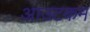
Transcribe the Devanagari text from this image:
आउटकम